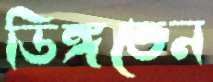
ডিঙ্গতেন